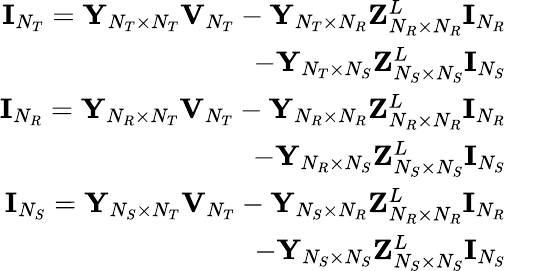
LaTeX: \begin{array}{rl}{{}{\mathbf{I}}_{N_{T}}={\mathbf{Y}}_{N_{T}\times N_{T}}{\mathbf{V}}_{N_{T}}-{\mathbf{Y}}_{N_{T}\times N_{R}}{\mathbf{Z}}_{N_{R}\times N_{R}}^{L}{\mathbf{I}}_{N_{R}}}&{{}}\\ {\quad\quad\quad\quad-{\mathbf{Y}}_{N_{T}\times N_{S}}{\mathbf{Z}}_{N_{S}\times N_{S}}^{L}{\mathbf{I}}_{N_{S}}}\\ {{\mathbf{I}}_{N_{R}}={\mathbf{Y}}_{N_{R}\times N_{T}}{\mathbf{V}}_{N_{T}}-{\mathbf{Y}}_{N_{R}\times N_{R}}{\mathbf{Z}}_{N_{R}\times N_{R}}^{L}{\mathbf{I}}_{N_{R}}}&{{}}\\ {\quad\quad\quad\quad-{\mathbf{Y}}_{N_{R}\times N_{S}}{\mathbf{Z}}_{N_{S}\times N_{S}}^{L}{\mathbf{I}}_{N_{S}}}\\ {{\mathbf{I}}_{N_{S}}={\mathbf{Y}}_{N_{S}\times N_{T}}{\mathbf{V}}_{N_{T}}-{\mathbf{Y}}_{N_{S}\times N_{R}}{\mathbf{Z}}_{N_{R}\times N_{R}}^{L}{\mathbf{I}}_{N_{R}}}&{{}}\\ {\quad\quad\quad\quad-{\mathbf{Y}}_{N_{S}\times N_{S}}{\mathbf{Z}}_{N_{S}\times N_{S}}^{L}{\mathbf{I}}_{N_{S}}}\end{array}